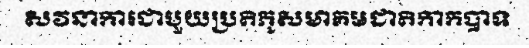
សវនាការជាមួយប្រតិភូសមាគមជាតិកាកបាទ